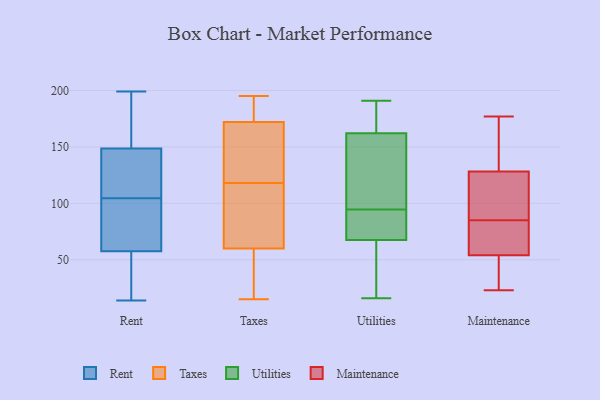
{"axis": {"x": "Waste Production (Tons)", "y": "Value"}, "legend": ["Maintenance", "Rent", "Taxes", "Utilities"], "data": [{"x": "", "y": 88, "type": "Rent"}, {"x": "", "y": 14, "type": "Rent"}, {"x": "", "y": 69, "type": "Rent"}, {"x": "", "y": 184, "type": "Rent"}, {"x": "", "y": 46, "type": "Rent"}, {"x": "", "y": 36, "type": "Rent"}, {"x": "", "y": 133, "type": "Rent"}, {"x": "", "y": 32, "type": "Rent"}, {"x": "", "y": 97, "type": "Rent"}, {"x": "", "y": 140, "type": "Rent"}, {"x": "", "y": 181, "type": "Rent"}, {"x": "", "y": 112, "type": "Rent"}, {"x": "", "y": 191, "type": "Rent"}, {"x": "", "y": 143, "type": "Rent"}, {"x": "", "y": 77, "type": "Rent"}, {"x": "", "y": 41, "type": "Rent"}, {"x": "", "y": 89, "type": "Rent"}, {"x": "", "y": 199, "type": "Rent"}, {"x": "", "y": 154, "type": "Rent"}, {"x": "", "y": 117, "type": "Rent"}, {"x": "", "y": 138, "type": "Taxes"}, {"x": "", "y": 189, "type": "Taxes"}, {"x": "", "y": 48, "type": "Taxes"}, {"x": "", "y": 169, "type": "Taxes"}, {"x": "", "y": 84, "type": "Taxes"}, {"x": "", "y": 173, "type": "Taxes"}, {"x": "", "y": 194, "type": "Taxes"}, {"x": "", "y": 188, "type": "Taxes"}, {"x": "", "y": 75, "type": "Taxes"}, {"x": "", "y": 137, "type": "Taxes"}, {"x": "", "y": 96, "type": "Taxes"}, {"x": "", "y": 15, "type": "Taxes"}, {"x": "", "y": 63, "type": "Taxes"}, {"x": "", "y": 118, "type": "Taxes"}, {"x": "", "y": 59, "type": "Taxes"}, {"x": "", "y": 50, "type": "Taxes"}, {"x": "", "y": 169, "type": "Taxes"}, {"x": "", "y": 58, "type": "Taxes"}, {"x": "", "y": 195, "type": "Taxes"}, {"x": "", "y": 143, "type": "Utilities"}, {"x": "", "y": 79, "type": "Utilities"}, {"x": "", "y": 56, "type": "Utilities"}, {"x": "", "y": 16, "type": "Utilities"}, {"x": "", "y": 88, "type": "Utilities"}, {"x": "", "y": 50, "type": "Utilities"}, {"x": "", "y": 56, "type": "Utilities"}, {"x": "", "y": 191, "type": "Utilities"}, {"x": "", "y": 178, "type": "Utilities"}, {"x": "", "y": 80, "type": "Utilities"}, {"x": "", "y": 154, "type": "Utilities"}, {"x": "", "y": 187, "type": "Utilities"}, {"x": "", "y": 88, "type": "Utilities"}, {"x": "", "y": 101, "type": "Utilities"}, {"x": "", "y": 161, "type": "Utilities"}, {"x": "", "y": 163, "type": "Utilities"}, {"x": "", "y": 98, "type": "Maintenance"}, {"x": "", "y": 60, "type": "Maintenance"}, {"x": "", "y": 23, "type": "Maintenance"}, {"x": "", "y": 74, "type": "Maintenance"}, {"x": "", "y": 85, "type": "Maintenance"}, {"x": "", "y": 62, "type": "Maintenance"}, {"x": "", "y": 126, "type": "Maintenance"}, {"x": "", "y": 52, "type": "Maintenance"}, {"x": "", "y": 116, "type": "Maintenance"}, {"x": "", "y": 31, "type": "Maintenance"}, {"x": "", "y": 136, "type": "Maintenance"}, {"x": "", "y": 48, "type": "Maintenance"}, {"x": "", "y": 177, "type": "Maintenance"}, {"x": "", "y": 129, "type": "Maintenance"}, {"x": "", "y": 168, "type": "Maintenance"}]}